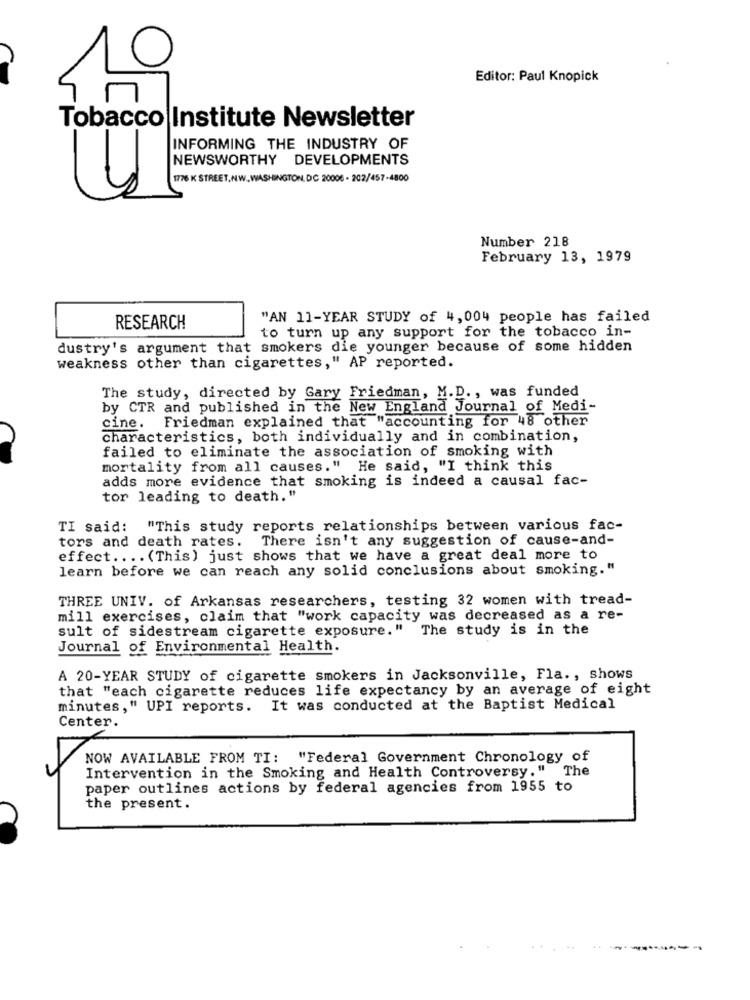
Editor: Paul Knopick
Tobacco Institute Newsletter
INFORMING THE INDUSTRY OF
NEWSWORTHY DEVELOPMENTS
1776 K STREET, NW. WASHINGTON, DC 20006 - 202/457-4800
Number 218
February 13, 1979
"AN 11-YEAR STUDY of 4, 004 people has failed
RESEARCH
to turn up any support for the tobacco in-
dustry's argument that smokers die younger because of some hidden
weakness other than cigarettes," AP reported.
The study, directed by Gary Friedman, M.D ., was funded
by CTR and published in the New England Journal of Medi-
cine. Friedman explained that "accounting for 48 other
characteristics, both individually and in combination,
failed to eliminate the association of smoking with
mortality from all causes." He said, "I think this
adds more evidence that smoking is indeed a causal fac-
tor leading to death."
TI said:
"This study reports relationships between various fac-
tors and death rates. There isn't any suggestion of cause-and-
effect .... (This) just shows that we have a great deal more to
learn before we can reach any solid conclusions about smoking."
THREE UNIV. of Arkansas researchers, testing 32 women with tread-
mill exercises, claim that "work capacity was decreased as a re-
sult of sidestream cigarette exposure. "
The study is in the
Journal of Environmental Health.
A 20-YEAR STUDY of cigarette smokers in Jacksonville, Fla ., shows
that "each cigarette reduces life expectancy by an average of eight
minutes," UPI reports. It was conducted at the Baptist Medical
Center.
NOW AVAILABLE FROM TI: "Federal Government Chronology of
Intervention in the Smoking and Health Controversy." The
paper outlines actions by federal agencies from 1955 to
the present.